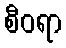
စီဝရာ